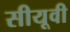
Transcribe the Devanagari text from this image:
सीयूवी